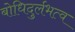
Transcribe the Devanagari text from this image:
बोधिदुर्लभत्व